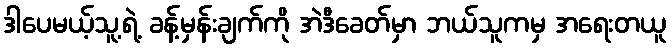
ဒါပေမယ့်သူ့ရဲ့ ခန့်မှန်းချက်ကို အဲဒီခေတ်မှာ ဘယ်သူကမှ အရေးတယူ